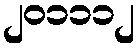
၂၀၁၁၁၂